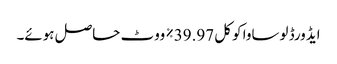
ایڈورڈ لوساوا کو کل 39.97٪ ووٹ حاصل ہوئے۔